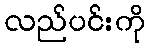
လည်ပင်းကို